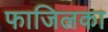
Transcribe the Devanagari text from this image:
फाजिलका